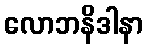
လောဘနိဒါနာ